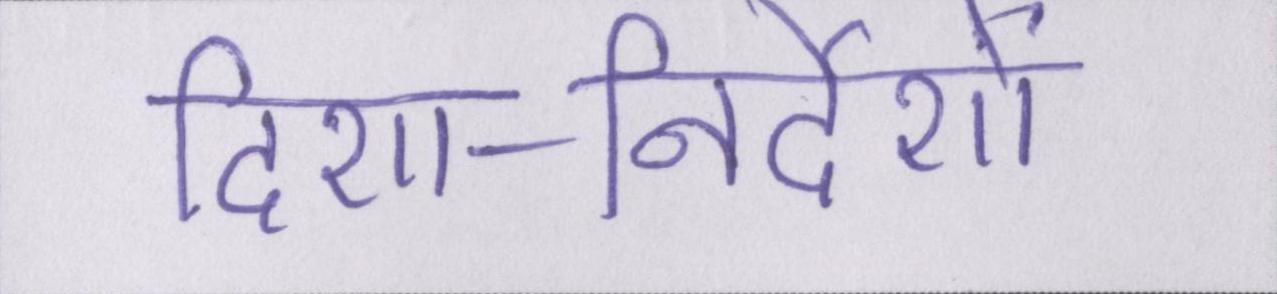
दिशा-निर्देशों